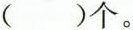
()个。